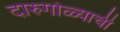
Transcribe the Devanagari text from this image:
दारुगोळ्याची